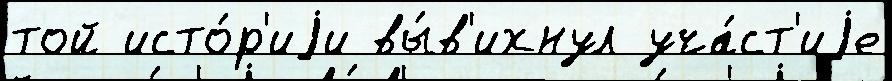
той исто́р'иjи вы́в'ихнул уча́ст'иjе